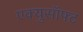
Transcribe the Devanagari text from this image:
एक्युसॉफ्ट